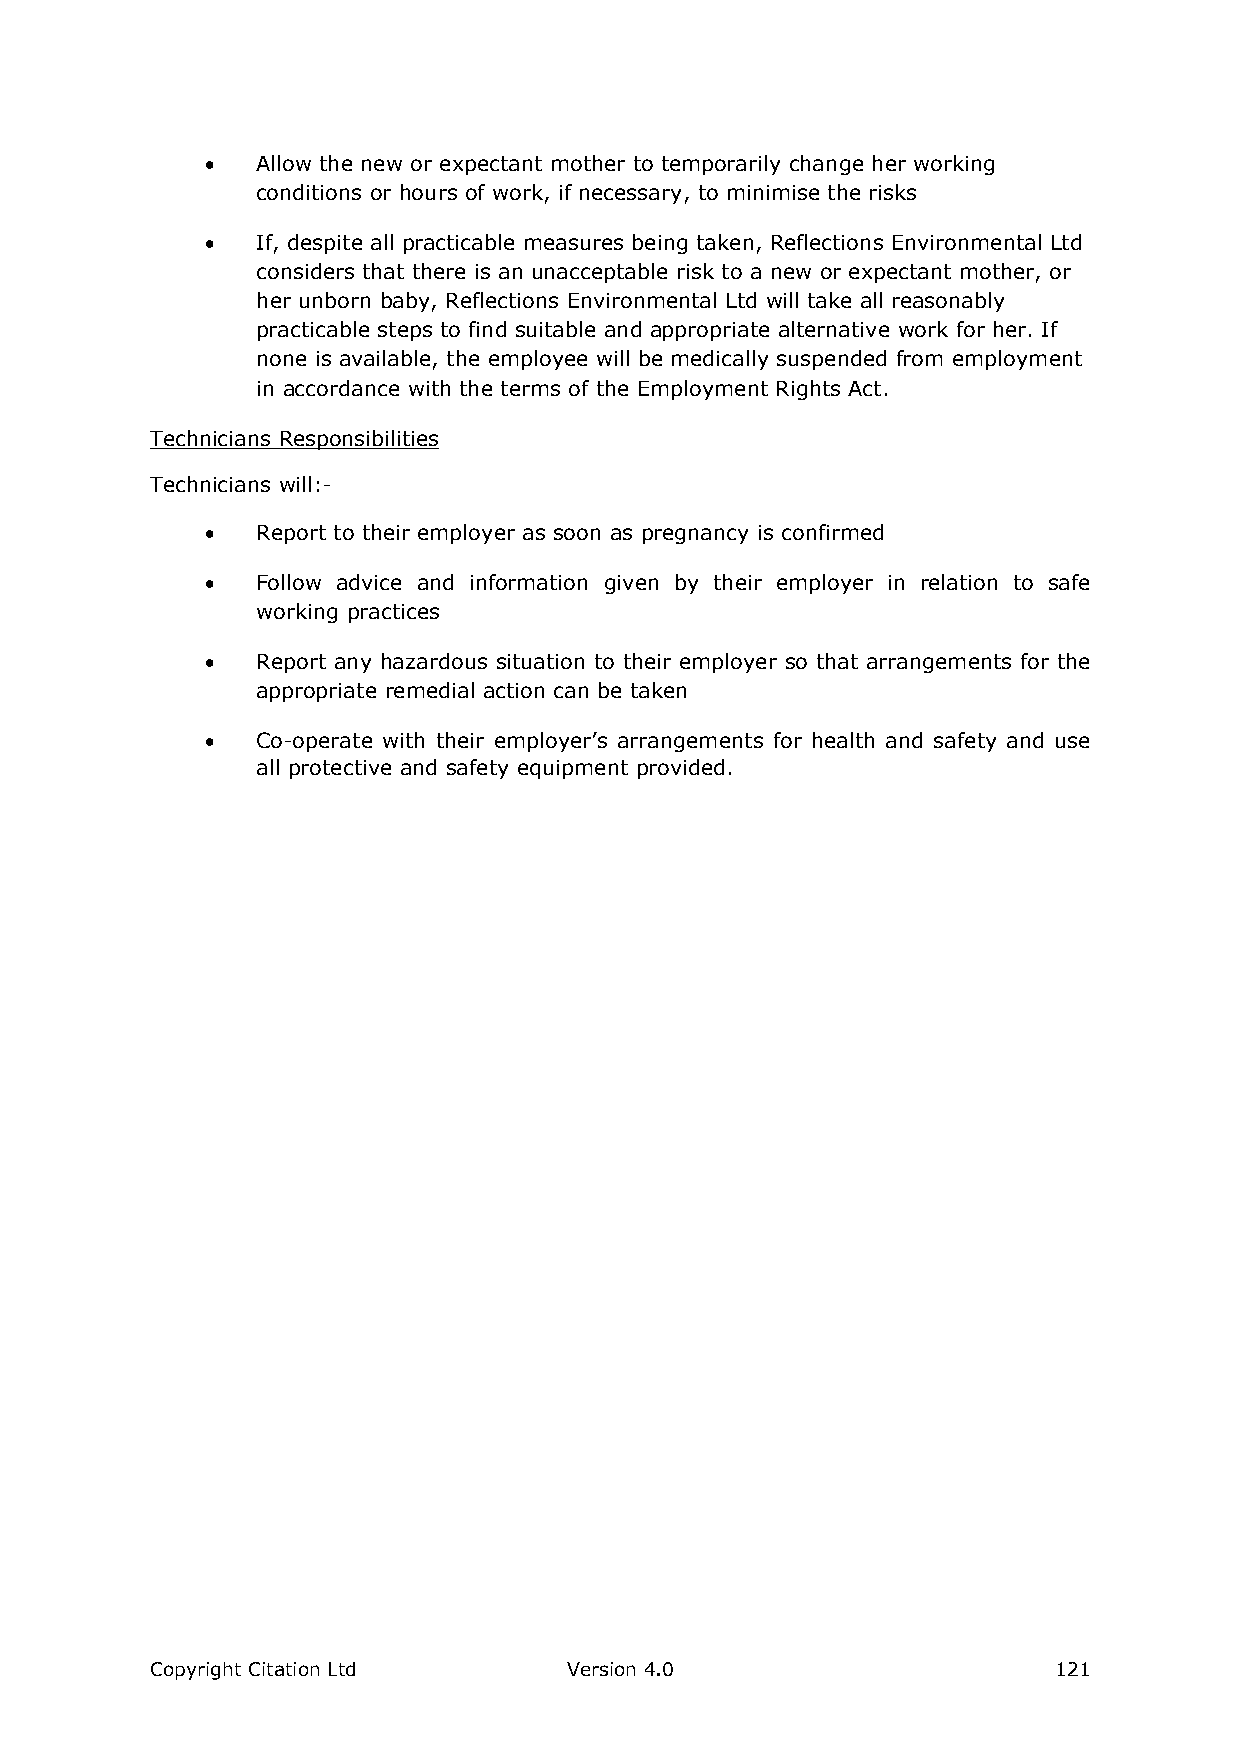
  Allow the new or expectant mother to temporarily change her working
 conditions or hours of work, if necessary, to minimise the risks
   If, despite all practicable measures being taken, Reflections Environmental Ltd
 considers that there is an unacceptable risk to a new or expectant mother, or
 her unborn baby, Reflections Environmental Ltd will take all reasonably
 practicable steps to find suitable and appropriate alternative work for her. If
 none is available, the employee will be medically suspended from employment
 in accordance with the terms of the Employment Rights Act.
 Technicians Responsibilities
 Technicians will:-
   Report to their employer as soon as pregnancy is confirmed
   Follow advice and information given by their employer in relation to safe
 working practices
   Report any hazardous situation to their employer so that arrangements for the
 appropriate remedial action can be taken
   Co-operate with their employer’s arrangements for health and safety and use
 all protective and safety equipment provided.
 Copyright Citation Ltd      Version 4.0                     121